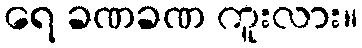
ရေ ခဏခဏ ကူးလား။